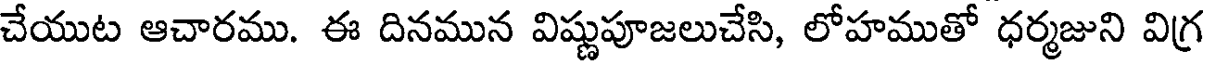
చేయుట ఆచారము. ఈ దినమున విష్ణుపూజలుచేసి, లోహముతో ధర్మజుని విగ్ర